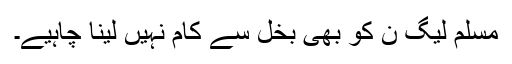
مسلم لیگ ن کو بھی بخل سے کام نہیں لینا چاہیے۔